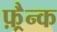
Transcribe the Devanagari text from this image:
फ़्रैन्क